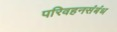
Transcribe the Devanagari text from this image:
परिवहनसंबंध